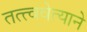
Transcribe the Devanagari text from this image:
तत्त्ववेत्याने